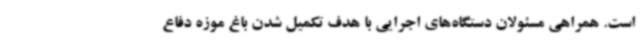
است. همراهی مسئولان دستگاه‌های اجرایی با هدف تکمیل شدن باغ موزه دفاع